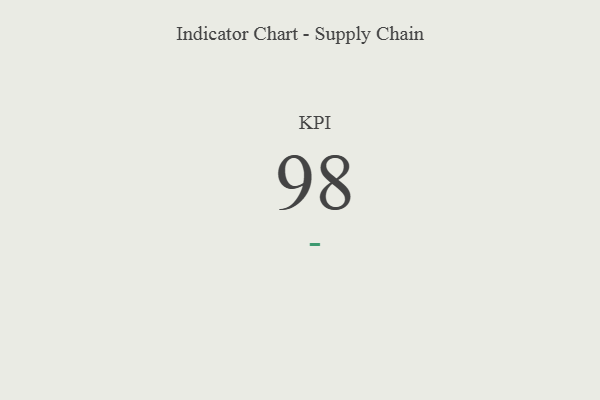
{"axis": {"x": "KPI", "y": "Value"}, "legend": [""], "data": [{"x": "KPI", "y": 98, "type": ""}]}